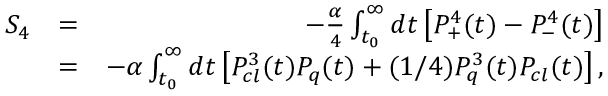
\begin{array} { r l r } { { \cal S } _ { 4 } } & { = } & { - \frac { \alpha } { 4 } \int _ { t _ { 0 } } ^ { \infty } d t \left[ P _ { + } ^ { 4 } ( t ) - P _ { - } ^ { 4 } ( t ) \right] } \\ & { = } & { - \alpha \int _ { t _ { 0 } } ^ { \infty } d t \left[ P _ { c l } ^ { 3 } ( t ) P _ { q } ( t ) + ( 1 / 4 ) P _ { q } ^ { 3 } ( t ) P _ { c l } ( t ) \right] , } \end{array}